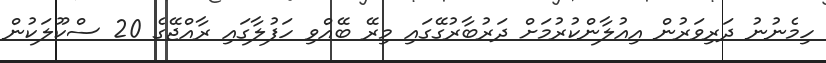
ހިމެނުނު ދަރިވަރުން އިއުލާންކުރުމަށް ދަރުބާރުގޭގައި މިރޭ ބޭއްވި ހަފުލާގައި ރާއްޖޭގެ 20 ސްކޫލަކުން